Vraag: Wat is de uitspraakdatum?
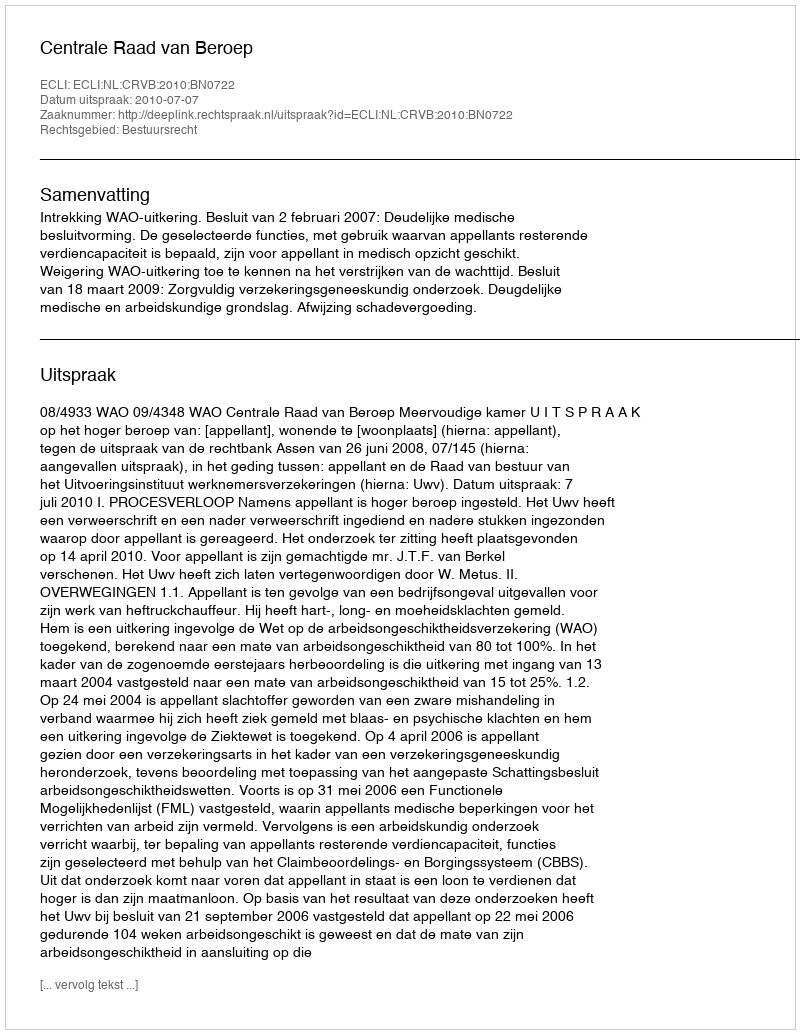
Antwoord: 2010-07-07